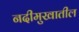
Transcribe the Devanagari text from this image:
नदीमुखातील